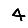
Digit: 4